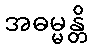
အဓမ္မန္တိ